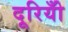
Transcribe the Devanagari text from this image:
दूरियोँ